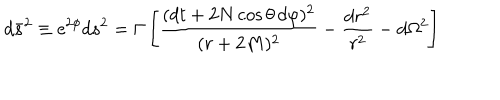
d \bar { s } ^ { 2 } \equiv \mathrm { e } ^ { 2 \phi } d s ^ { 2 } = \Gamma \left[ \frac { ( d t + 2 N \cos \theta \, d \varphi ) ^ { 2 } } { ( r + 2 M ) ^ { 2 } } - \frac { d r ^ { 2 } } { r ^ { 2 } } - d \Omega ^ { 2 } \right]